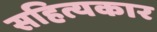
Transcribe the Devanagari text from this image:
सहित्यकार